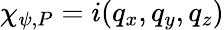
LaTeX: \chi_{\psi,P}=i(q_{x},q_{y},q_{z})